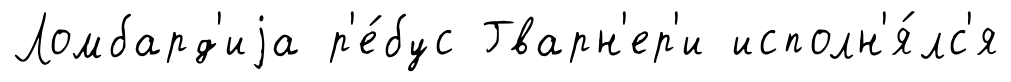
Ломбард'иjа р'е́бус Гварн'ер'и исполн'я́лс'я